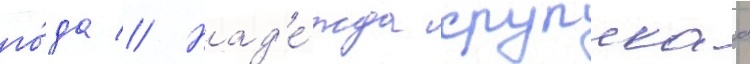
го́да // Над'е́жда крупскаа